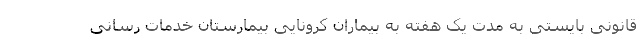
قانونی بایستی به مدت یک هفته به بیماران کرونایی بیمارستان خدمات رسانی